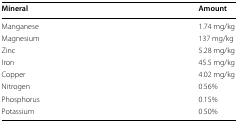
<table><thead><tr><td><b>Mineral</b></td><td><b>Amount</b></td></tr></thead><tbody><tr><td>Manganese</td><td>1.74 mg/kg</td></tr><tr><td>Magnesium</td><td>137 mg/kg</td></tr><tr><td>Zinc</td><td>5.28 mg/kg</td></tr><tr><td>Iron</td><td>45.5 mg/kg</td></tr><tr><td>Copper</td><td>4.02 mg/kg</td></tr><tr><td>Nitrogen</td><td>0.56%</td></tr><tr><td>Phosphorus</td><td>0.15%</td></tr><tr><td>Potassium</td><td>0.50%</td></tr></tbody></table>